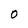
Character: O